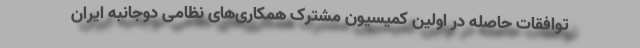
توافقات حاصله در اولین کمیسیون مشترک همکاری‌های نظامی دوجانبه ایران